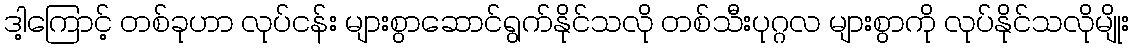
ဒါ့ကြောင့် တစ်ခုဟာ လုပ်ငန်း များစွာဆောင်ရွက်နိုင်သလို တစ်သီးပုဂ္ဂလ များစွာကို လုပ်နိုင်သလိုမျိုး